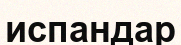
испандар